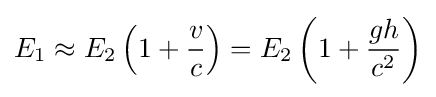
E_{1}\approx E_{2}\left(1+{\frac {v}{c}}\right)=E_{2}\left(1+{\frac {gh}{c^{2}}}\right)